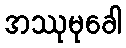
အဿုမုခေါ